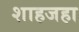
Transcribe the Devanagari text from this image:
शाहजहा